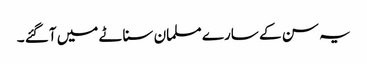
یہ سن کے سارے مسلمان سناٹے میں آگئے ۔